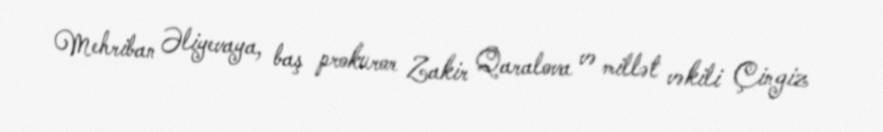
Mehriban Əliyevaya, baş prokuror Zakir Qaralova və millət vəkili Çingiz